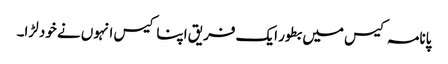
پانامہ کیس میں بطور ایک فریق اپنا کیس انہوں نے خود لڑا۔